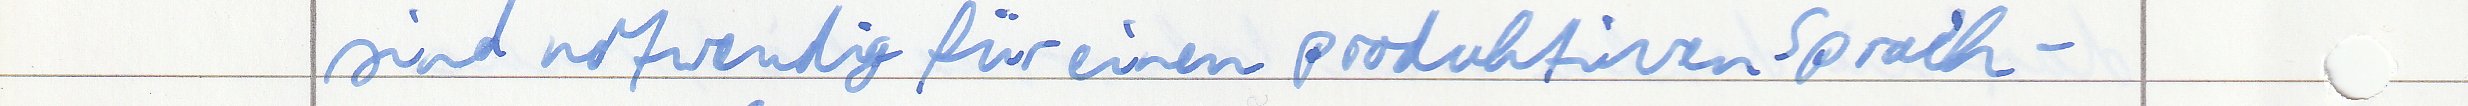
sind notwendig für einen produktiven Sprach -